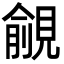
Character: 覦